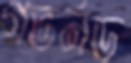
গভর্নড